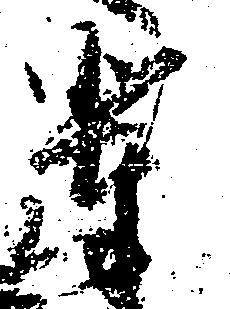
輩